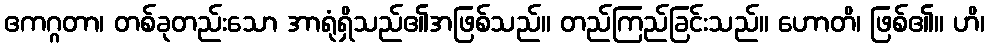
ဧကဂ္ဂတာ၊ တစ်ခုတည်းသော အာရုံရှိသည်၏အဖြစ်သည်။ တည်ကြည်ခြင်းသည်။ ဟောတိ၊ ဖြစ်၏။ ဟိ၊